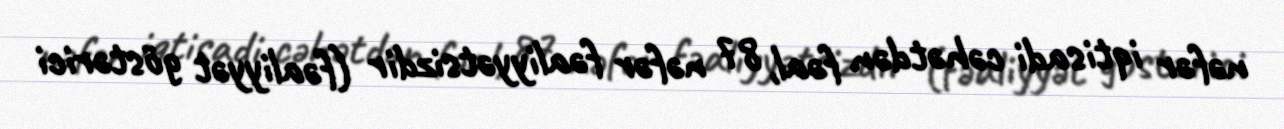
nəfər iqtisadi cəhətdən fəal, 87 nəfər fəaliyyətsizdir (fəaliyyət göstərici